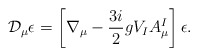
\begin{align*}\mathcal{D}_{\mu }\epsilon =\left[ \nabla _{\mu }-\frac{3i}{2}gV_{I}A_{\mu}^{I}\right] \epsilon .\end{align*}